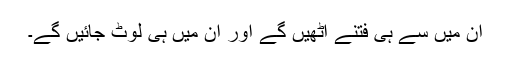
ان میں سے ہی فتنے اٹھیں گے اور ان میں ہی لوٹ جائیں گے۔